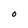
Character: O